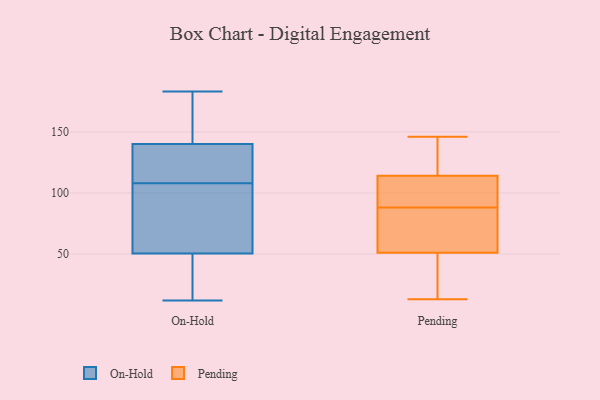
{"axis": {"x": "Production Output", "y": "Value"}, "legend": ["On-Hold", "Pending"], "data": [{"x": "", "y": 57, "type": "On-Hold"}, {"x": "", "y": 97, "type": "On-Hold"}, {"x": "", "y": 12, "type": "On-Hold"}, {"x": "", "y": 170, "type": "On-Hold"}, {"x": "", "y": 27, "type": "On-Hold"}, {"x": "", "y": 119, "type": "On-Hold"}, {"x": "", "y": 129, "type": "On-Hold"}, {"x": "", "y": 155, "type": "On-Hold"}, {"x": "", "y": 32, "type": "On-Hold"}, {"x": "", "y": 95, "type": "On-Hold"}, {"x": "", "y": 49, "type": "On-Hold"}, {"x": "", "y": 19, "type": "On-Hold"}, {"x": "", "y": 140, "type": "On-Hold"}, {"x": "", "y": 95, "type": "On-Hold"}, {"x": "", "y": 127, "type": "On-Hold"}, {"x": "", "y": 182, "type": "On-Hold"}, {"x": "", "y": 183, "type": "On-Hold"}, {"x": "", "y": 52, "type": "On-Hold"}, {"x": "", "y": 140, "type": "On-Hold"}, {"x": "", "y": 122, "type": "On-Hold"}, {"x": "", "y": 76, "type": "Pending"}, {"x": "", "y": 13, "type": "Pending"}, {"x": "", "y": 100, "type": "Pending"}, {"x": "", "y": 110, "type": "Pending"}, {"x": "", "y": 65, "type": "Pending"}, {"x": "", "y": 51, "type": "Pending"}, {"x": "", "y": 114, "type": "Pending"}, {"x": "", "y": 133, "type": "Pending"}, {"x": "", "y": 146, "type": "Pending"}, {"x": "", "y": 48, "type": "Pending"}]}